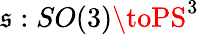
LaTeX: \mathfrak{s}:SO(3)\toPS^{3}